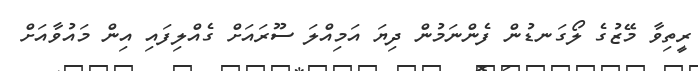
ރީތިވާ މޭޒުގެ ލޯގަނޑުން ފެންނަމުން ދިޔަ އަމިއްލަ ސޫރައަށް ގެއްލިފައި އިން މައުވާއަށް